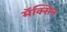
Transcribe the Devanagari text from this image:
मॅक्सिन